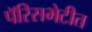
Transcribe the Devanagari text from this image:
पॅरिसभेटीत